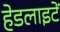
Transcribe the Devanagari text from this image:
हेडलाइटें